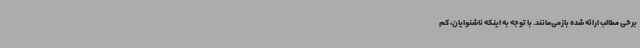
برخی مطالب ارائه شده بازمی‌مانند. با توجه به اینکه ناشنوایان، کم‌